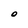
Character: O